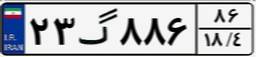
۲۳گ۸۸۶۸۶